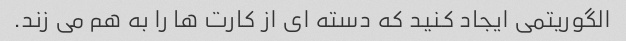
الگوریتمی ایجاد کنید که دسته ای از کارت ها را به هم می زند.